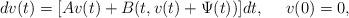
LaTeX: \begin{align*} dv(t) = [Av(t) + B(t,v(t) + \Psi(t))]dt, \ \ \ \ v(0) = 0,\end{align*}